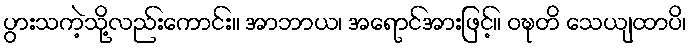
ပွားသကဲ့သို့လည်းကောင်း။ အာဘာယ၊ အရောင်အားဖြင့်။ ဝဍ္ဎတိ သေယျထာပိ၊